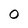
Character: 0